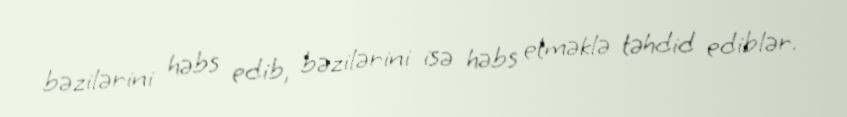
bəzilərini həbs edib, bəzilərini isə həbs etməklə təhdid ediblər.